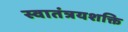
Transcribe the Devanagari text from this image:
स्वातंत्रयशक्ति